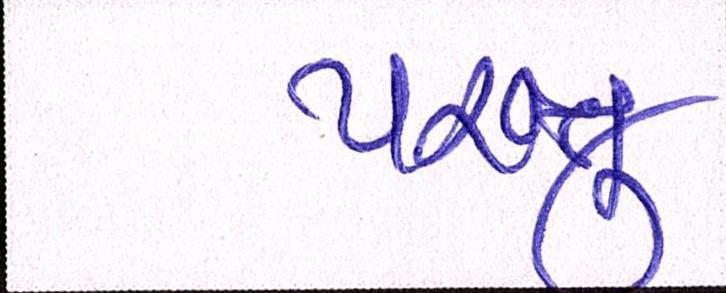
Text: પંરતુ